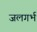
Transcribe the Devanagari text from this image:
जलगर्भ